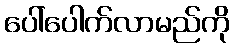
ပေါ်ပေါက်လာမည်ကို